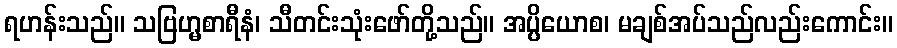
ရဟန်းသည်။ သဗြဟ္မစာရီနံ၊ သီတင်းသုံးဖော်တို့သည်။ အပ္ပိယောစ၊ မချစ်အပ်သည်လည်းကောင်း။